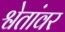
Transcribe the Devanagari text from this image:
श्वेतांवर